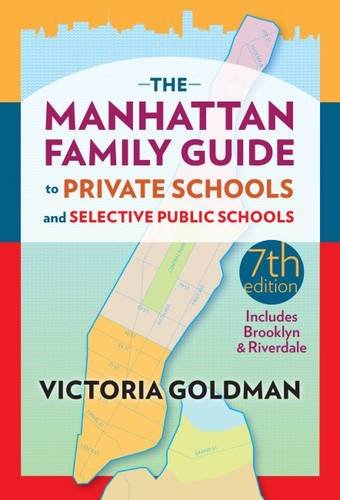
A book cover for The Manhattan Family Guide to Private Schools and Selective Public Schools; Victoria Goldman; Travel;